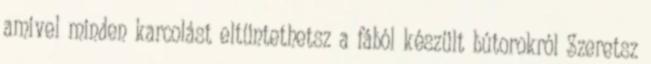
amivel minden karcolást eltüntethetsz a fából készült bútorokról Szeretsz